Civil Veterinary Department. Central Provinces & Berar 1932-41 - 1932-1941
Year: 1932
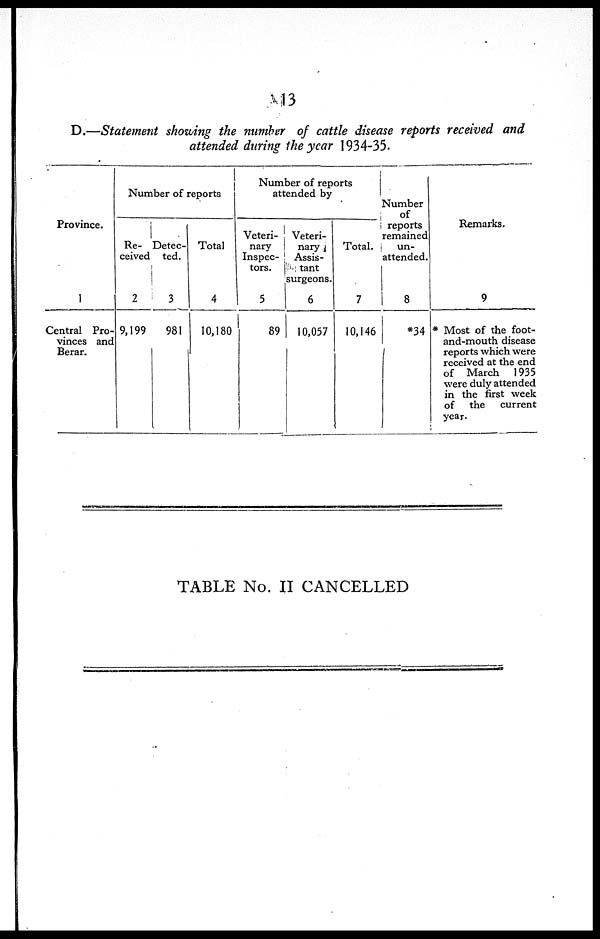
13
D.—Statement showing the number of cattle disease reports received and
attended during the year 1934-35.
Province.
1
Central Pro-
vinces and
Berar.
Number of reports
Re-
ceived
2
9,199
Detec-
ted.
3
981
Total
4
10,180
Number of reports
attended by
Veteri-
nary
Inspec-
tors.
5
89
Veteri-
nary
Assis-
tant
surgeons.
6
10,057
Total.
7
10,146
Number
of
reports
remained
un-
attended.
8
*34
Remarks.
9
* Most of the foot¬
and-mouth disease
reports which were
received at the end
of March 1935
were duly attended
in the first week
of the
current
year.
TABLE No. II CANCELLED